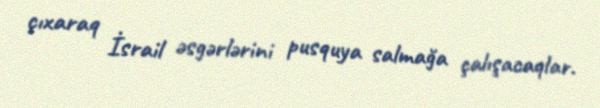
çıxaraq İsrail əsgərlərini pusquya salmağa çalışacaqlar.